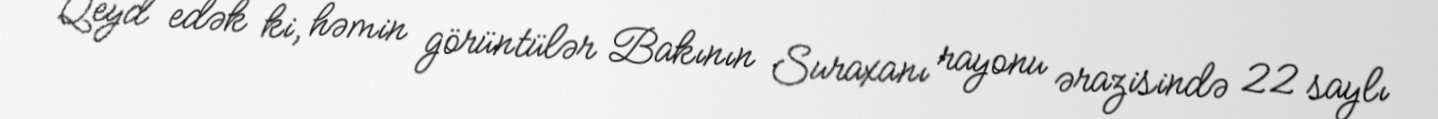
Qeyd edək ki, həmin görüntülər Bakının Suraxanı rayonu ərazisində 22 saylı